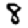
Digit: 8